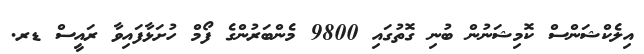
އިލެކްޝަންސް ކޮމިޝަނުން ބުނި ގޮތުގައި 9800 މެންބަރުންގެ ފޯމް ހުށަޅާފައިވާ ރައީސް ޑރ.